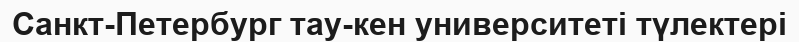
Санкт-Петербург тау-кен университеті түлектері